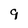
Character: 9